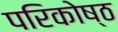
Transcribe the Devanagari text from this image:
परिकोष्‍ठ